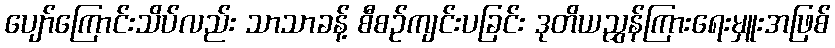
ပျော်ကြောင်းသိပ်လည်း သာသာခန့် စီစဉ်ကျင်းပခြင်း ဒုတိယညွှန်ကြားရေးမှူးအဖြစ်